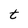
Character: t